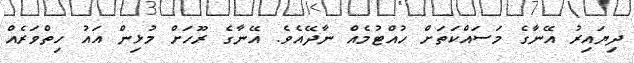
ދިޔައިރު އޭނާގެ މަސައްކަތަށް ހުއްޓުމެއް ނާދޭއެވެ. އޭނާގެ ރޫހަށް މުޅިން އައު ހިތްވަރެއް